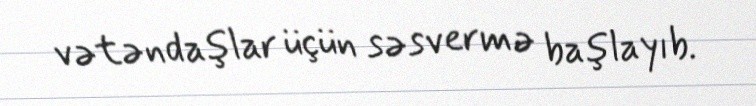
vətəndaşlar üçün səsvermə başlayıb.